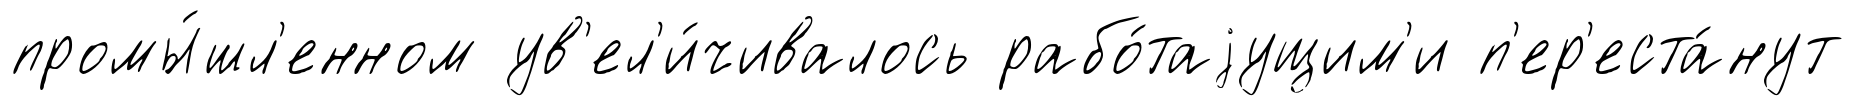
промы́шл'енном ув'ел'и́чивалось рабо́таjущим'и п'ер'еста́нут